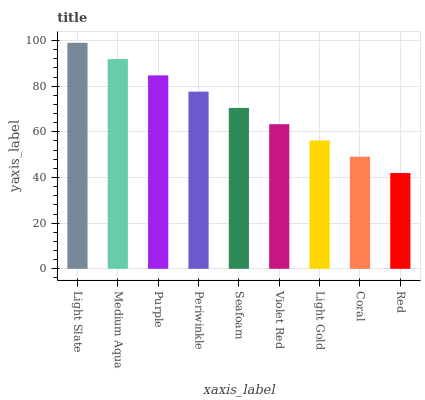
| xaxis_label | bars |
 | --- | --- |
 | Light Slate | 99 |
 | Medium Aqua | 91.9 |
 | Purple | 84.7 |
 | Periwinkle | 77.6 |
 | Seafoam | 70.5 |
 | Violet Red | 63.3 |
 | Light Gold | 56.2 |
 | Coral | 49.1 |
 | Red | 42 |